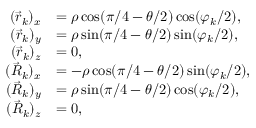
\begin{array} { r l } { ( \vec { r } _ { k } ) _ { x } } & { = \rho \cos ( \pi / 4 - \theta / 2 ) \cos ( \varphi _ { k } / 2 ) , } \\ { ( \vec { r } _ { k } ) _ { y } } & { = \rho \sin ( \pi / 4 - \theta / 2 ) \sin ( \varphi _ { k } / 2 ) , } \\ { ( \vec { r } _ { k } ) _ { z } } & { = 0 , } \\ { ( \vec { R } _ { k } ) _ { x } } & { = - \rho \cos ( \pi / 4 - \theta / 2 ) \sin ( \varphi _ { k } / 2 ) , } \\ { ( \vec { R } _ { k } ) _ { y } } & { = \rho \sin ( \pi / 4 - \theta / 2 ) \cos ( \varphi _ { k } / 2 ) , } \\ { ( \vec { R } _ { k } ) _ { z } } & { = 0 , } \end{array}